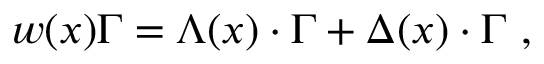
w ( x ) \Gamma = \Lambda ( x ) \cdot \Gamma + \Delta ( x ) \cdot \Gamma \, \, ,